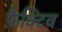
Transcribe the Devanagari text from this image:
फ़ैक्टिव